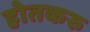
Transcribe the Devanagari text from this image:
होतकरु